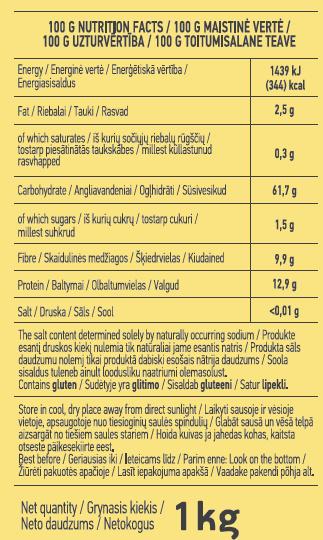
100 G NUTRITJON FACTS / 100 G MAISTINĖ VERTĖ / 100 G UZTURVERTĪBA/ 100 G TOITUMISALANE TEAVE
Energy / Energinė vertė / Enerģētiskā vērtība / Energiasisaldus
1439 kJ (344) kcal
Fat / Riebalai / Tauki / Rasvad
2,5 g
of which saturates / iš kurių sočijių riebalų rūgščių /, tostarp piesātinātās taukskabes /millest küllastunud rasvhapped
0,3 g
Carbohydrate / Angliavandeniai / Oglhidräti / Süsivesikud
61,7 g
of which sugars /iš kurių cukrų / tostarp cukuri / millest suhkrud
1,5 g
Fibre / Skaidulinės medžiagos / Šķiedrvielas / Kiudained
9,9 g
Protein / Balymai / Olbaltumvielas / Valgud
12,9 g
Salt / Druska / Säls / Sool
<0,01 g
The salt content determined solely by naturally occurring sodium / Produkte esantį druskos kiekį nulemia tik natúraliai jame esantis natris / Produkta sāls daudzumu nolemj tikai produktā dabiski esošais nātrija daudzums / Soola sisaldus tuleneb ainult loodusliku naatriumi olemasolust. Contains gluten / Sudėtyje yra glitimo / Sisaldab gluteeni / Satur lipekli.
Store in cool, dry place away from direct sunlight / Laikyti sausoje ir vėsioje vietoje, apsaugotoje nuo tiesioginių saulės spindulių / Glabāt sausă un vēsā telpā aizsargāt no tiešiem saules stariem / Hoida kuivas ja jahedas kohas, kaitsta otseste päikesekiirte eest. Best before / Geriausias iki / leteicams lidz / Parim enne: Look on the bottom/ Žūrėti pakuotės apačioje / Lasīt iepakojuma apakšā / Vaadake pakendi põhja alt.
Net quantity/ Grynasis kiekis / Neto daudzums / Netokogus Tkg
1kg